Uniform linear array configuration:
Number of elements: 8
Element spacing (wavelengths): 0.75
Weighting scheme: exponential
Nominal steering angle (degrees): -45
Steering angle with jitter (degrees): -46.582
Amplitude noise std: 0.05
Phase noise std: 0.05

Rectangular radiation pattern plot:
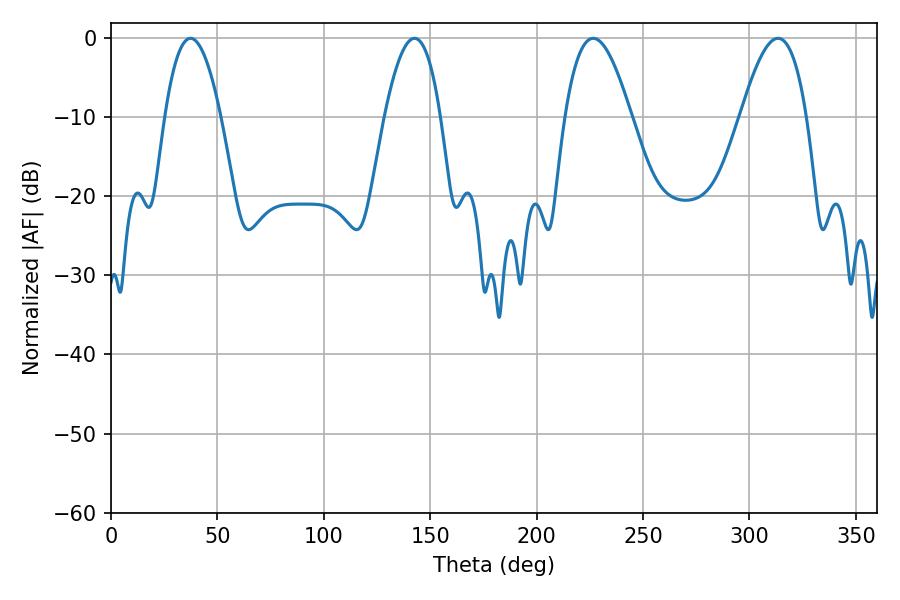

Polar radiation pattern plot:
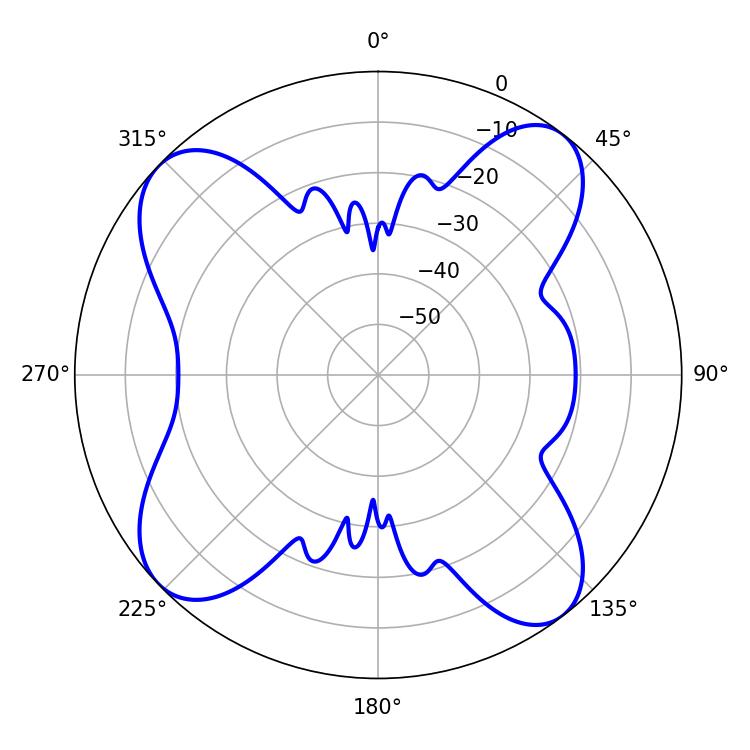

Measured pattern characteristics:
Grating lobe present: TRUE
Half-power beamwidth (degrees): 16.92
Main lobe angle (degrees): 226.62